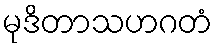
မုဒိတာသဟဂတံ